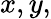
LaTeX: x,y,